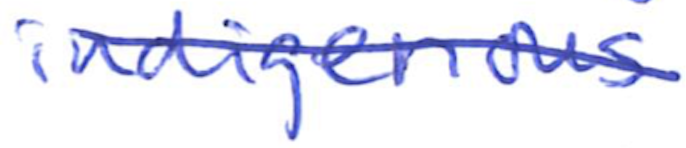
Text: indigenous
Cross-out: diagonal
Writing tool: ballpoint